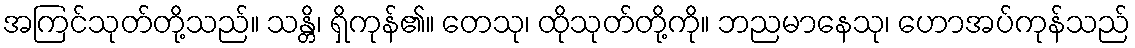
အကြင်သုတ်တို့သည်။ သန္တိ၊ ရှိကုန်၏။ တေသု၊ ထိုသုတ်တို့ကို။ ဘညမာနေသု၊ ဟောအပ်ကုန်သည်